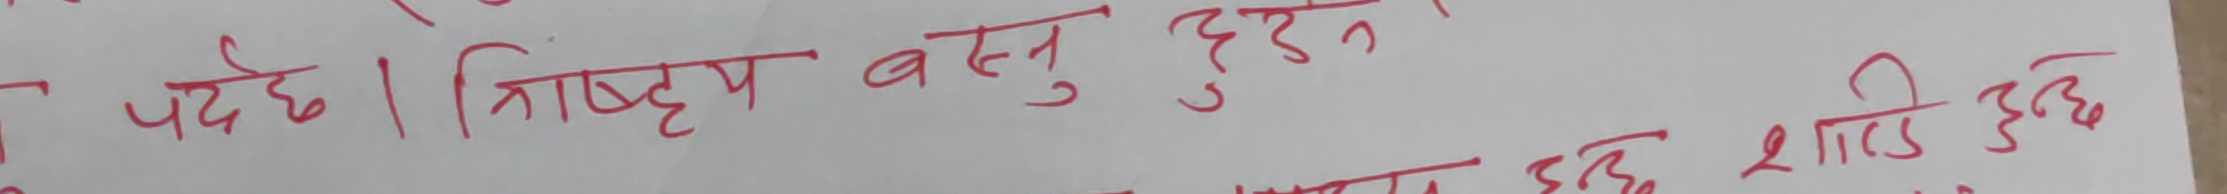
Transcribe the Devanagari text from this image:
पर्दछ। त्रिष्टृय वस्तु हुदैन, शाडि हुन्छ